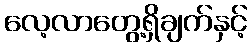
လေ့လာတွေ့ရှိချက်နှင့်